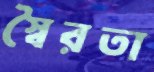
স্বৈরতা